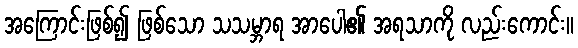
အကြောင်းဖြစ်၍ ဖြစ်သော သသမ္ဘာရ အာပေါ၏ အရသာကို လည်းကောင်း။